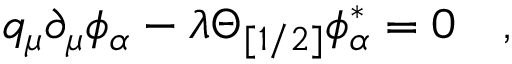
q _ { \mu } \partial _ { \mu } \phi _ { \alpha } - \lambda \Theta _ { [ 1 / 2 ] } \phi _ { \alpha } ^ { \ast } = 0 \quad ,